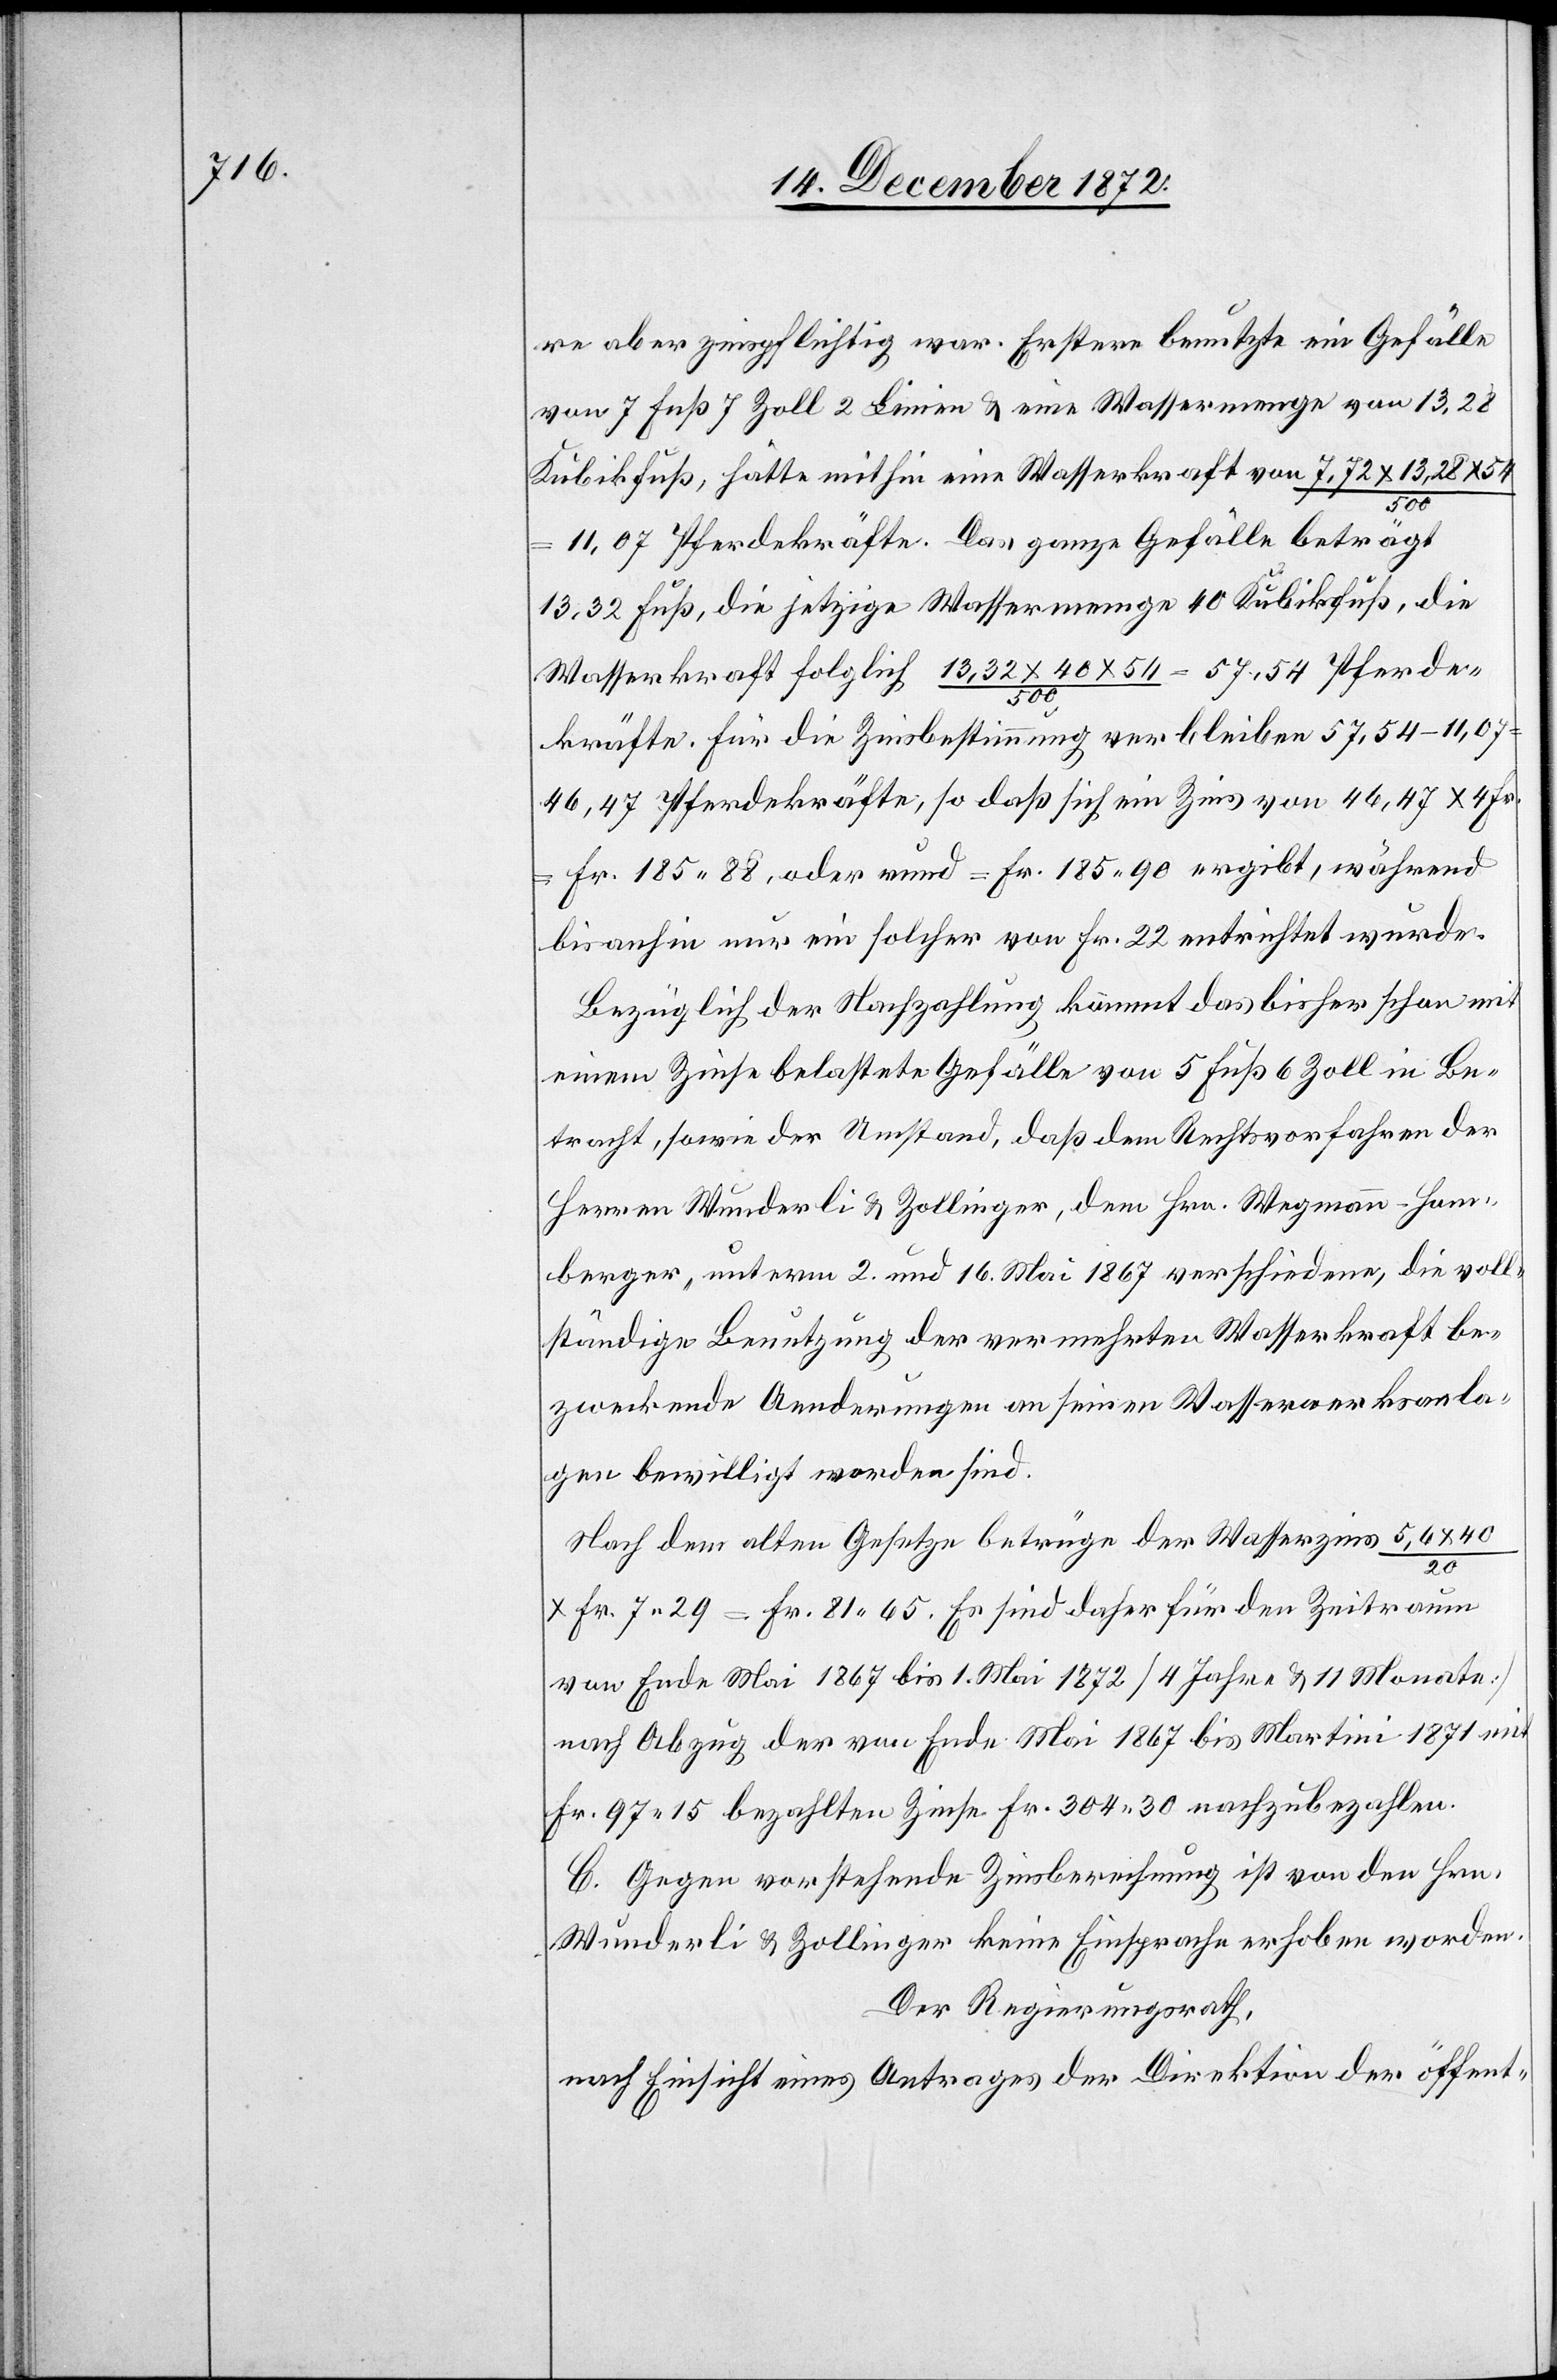
re aber zinspflichtig war. Erstere benutzte ein Gefälle
von 7 Fuß 7 Zoll 2 Linien u. eine Wassermenge von 13,28
Kubikfuß, hätte mithin eine Wasserkraft von 7,72 x 13,28 x 54
500
11,07 Pferdekräfte. Das ganze Gefälle beträgt
13,32 Fuß, die jetzige Wassermenge 40 Kubikfuß, die
Wasserkraft folglich 13,32 x 40 x 54 / 500 = 57,54 Pferde¬
kräfte. Für die Zinsbestimmung verbleiben 57,54 – 11,07
46,47 Pferdekräfte, so daß sich ein Zins von 46,47 x 4 Fr.
Fr. 185 88, oder rund = Fr. 185 90 ergibt, während
bis anhin nur ein solcher von Fr. 22 entrichtet wurde.
Bezüglich der Nachzahlung kommt das bisher schon mit
einem Zinse belastete Gefälle von 5 Fuß 6 Zoll in Be¬
tracht, sowie der Umstand, daß dem Rechtsvorfahren der
Herren Wunderli u. Zollinger, dem Hrn. Wegmann-Hom¬
berger, unterm 2. und 16. Mai 1867 verschiedene, die voll¬
ständige Benutzung der vermehrten Wasserkraft be¬
zweckende Aenderungen an seinen Wasserwerksanla¬
gen bewilligt worden sind.
Nach dem alten Gesetze betrüge der Wasserzins 5,6 x
20
x Fr. 7 29 = Fr. 81 65. Es sind daher für den Zeitraum
von Ende Mai 1867 bis 1. Mai 1872 [4 Jahre u. 11 Monate]
nach Abzug der vom Ende Mai 1867 bis Martini 1871 mit
Fr. 97 15 bezahlten Zinse Fr. 304 30 nachzubezahlen.
C. Gegen vorstehende Zinsberechnung ist von den Hrn.
Wunderli u. Zollinger keine Einsprache erhoben worden.
Der Regierungsrath,
nach Einsicht eines Antrages der Direktion der öffent-